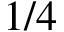
1 / 4